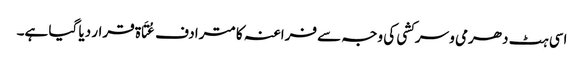
اسی ہٹ دھرمی و سرکشی کی وجہ سے فراعنہ کا مترادف عُتَاۃ قرار دیا گیا ہے۔